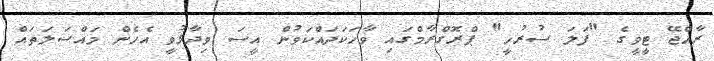
ރާއްޖޭ ޓީވީގެ "ފަލަ ސުރުހީ" ޕްރޮގްރާމްގައި ވާހަކަދައްކަވުން އީސަ ވިދާޅުވީ އެހެން މައްސަލަތައް